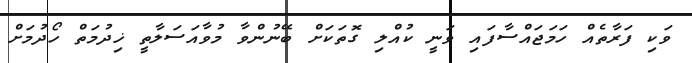
ވަކި ފަރާތެއް ހަމަޖައްސާފައި ވަނީ ކުއްލި ގޮތަކަށް ބޭނުންވާ މުވާއަސަލާތީ ޚިދުމަތް ހޯދުމަށް